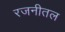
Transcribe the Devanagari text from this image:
रजनीतल